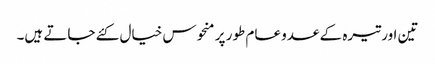
تین اور تیرہ کے عدو عام طور پر منحوس خیال کئے جاتے ہیں۔